Indian journal of veterinary science and animal husbandry - Volume 2,
Year: 1932
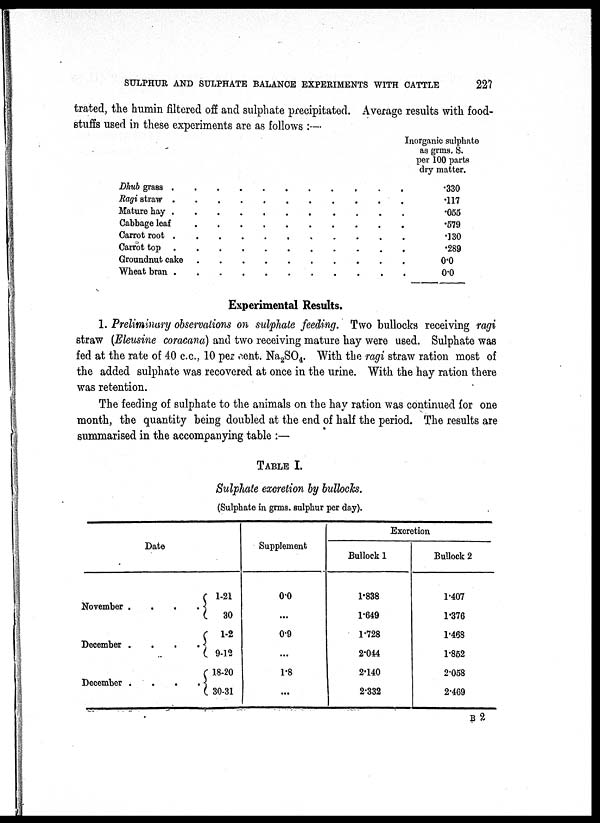
SULPHUR AND SULPHATE BALANCE EXPERIMENTS WITH CATTLE
227
trated, the humin filtered off and sulphate precipitated. Average results with food-
stuffs used in these experiments are as follows :—
Dhub grass . . . . . . . . . . .
Ragi straw . . . . . . . . . . .
Mature hay . . . . . . . . . . .
Cabbage leaf . . . . . . . . . . .
Carrot root . . . . . . . . . . .
Carrot top . . . . . . . . . . .
Groundnut cake . . . . . . . . . . .
Wheat bran . . . . . . . . . . .
Inorganic sulphate
as grms. S.
per 100 parts
dry matter.
.330
.117
.055
.579
.130
.289
0.0
0.0
Experimental Results.
1. Preliminary observations on sulphate feeding. Two bullocks receiving ragi
straw (Eleusine coracana) and two receiving mature hay were used. Sulphate was
fed at the rate of 40 c.c., 10 per cent. Na 2 SO 4 . With the ragi straw ration most of
the added sulphate was recovered at once in the urine. With the hay ration there
was retention.
The feeding of sulphate to the animals on the hay ration was continued for one
month, the quantity being doubled at the end of half the period. The results are
summarised in the accompanying table :—
TABLE I.
Sulphate excretion by bullocks.
(Sulphate in grms. sulphur per day).
Date
November . .
December . .
December . .
1-21
. . 30
1-2
. . 9-12
18-20
. . 30-31
Supplement
0.0
...
0.9
...
1.8
...
Excretion
Bullock 1
1.838
1.649
1.728
2.044
2.140
2.332
Bullock 2
1.407
1.376
1.468
1.852
2.058
2.469
B 2